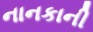
નાનકાની